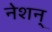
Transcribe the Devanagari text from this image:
नेशन्